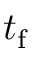
t _ { \mathrm { f } }